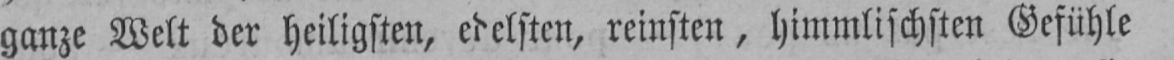
ganze Welt der heiligsten, edelsten, reinsten, himmlischsten Gefühle